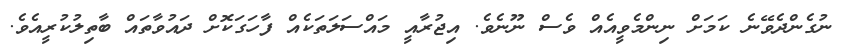
ނުގެންދެވޭނެ ކަމަށް ނިންމެވީއެއް ވެސް ނޫނެވެ. އިޖުރާއީ މައްސަލަތަކެއް ފާހަގަކޮށް ދައުވާތައް ބާތިލުކުރީއެވެ.